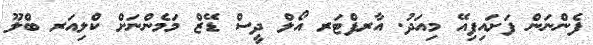
ފެންނަން ފަށައިފިއޭ މިއަދު. އާރފްޓަރ އޯލް ދީސް ޑޭޒް މަމެންނަށް ކްލިއަރ ބްލޫ